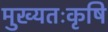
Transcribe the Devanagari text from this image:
मुख्यतःकृषि